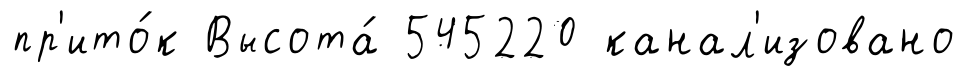
пр'ито́к Высота́ 545220 канал'изовано